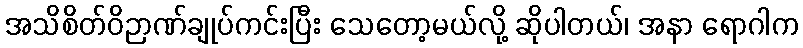
အသိစိတ်ဝိဉာဏ်ချုပ်ကင်းပြီး သေတော့မယ်လို့ ဆိုပါတယ်၊ အနာ ရောဂါက